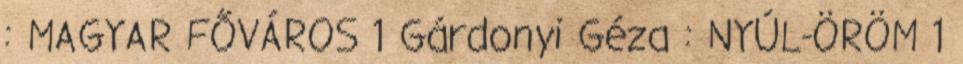
: MAGYAR FŐVÁROS 1 Gárdonyi Géza : NYÚL-ÖRÖM 1